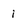
Character: i